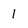
Character: I